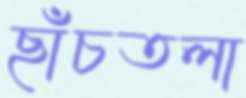
ছাঁচতলা